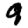
Digit: 9